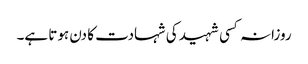
روزانہ کسی شہید کی شہادت کا دن ہوتا ہے۔